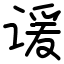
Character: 谖